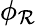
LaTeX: \phi_{\mathcal{R}}